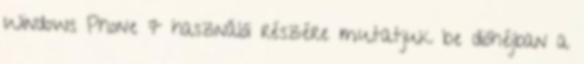
Windows Phone 7 használói részére mutatjuk be dióhéjban a